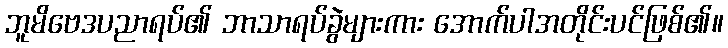
ဘူမိဗေဒပညာရပ်၏ ဘာသာရပ်ခွဲများကား အောက်ပါအတိုင်းပင်ဖြစ်၏။